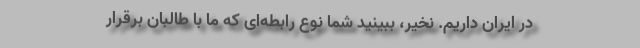
در ایران داریم. نخیر، ببینید شما نوع رابطه‌ای که ما با طالبان برقرار